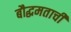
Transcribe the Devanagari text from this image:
बौद्धमताची